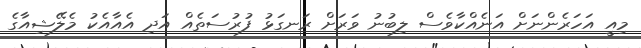
މިއީ އަހަރެންނަށް އަނެއްކާވެސް ލިބުނު ވަރަށް ރަނގަޅު ފުރުސަތެއް އަދި އެއާއެކު މެލޭޝިއާގެ